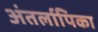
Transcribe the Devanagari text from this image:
अंतर्लापिका